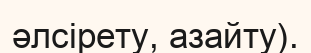
әлсірету, азайту).